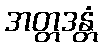
အတ္တဒန္တံ